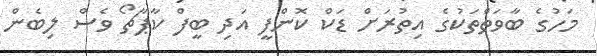
މަހުގެ ބާވަތްތަކުގެ އިތުރަށް ޑަކް ކޮންފީ އަދި ބީފް ކާޕާޗޯ ވެސް ލިބެން